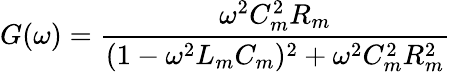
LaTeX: G(\omega)=\frac{\omega^{2}C_{m}^{2}R_{m}}{(1-\omega^{2}L_{m}C_{m})^{2}+\omega^{2}C_{m}^{2}R_{m}^{2}}